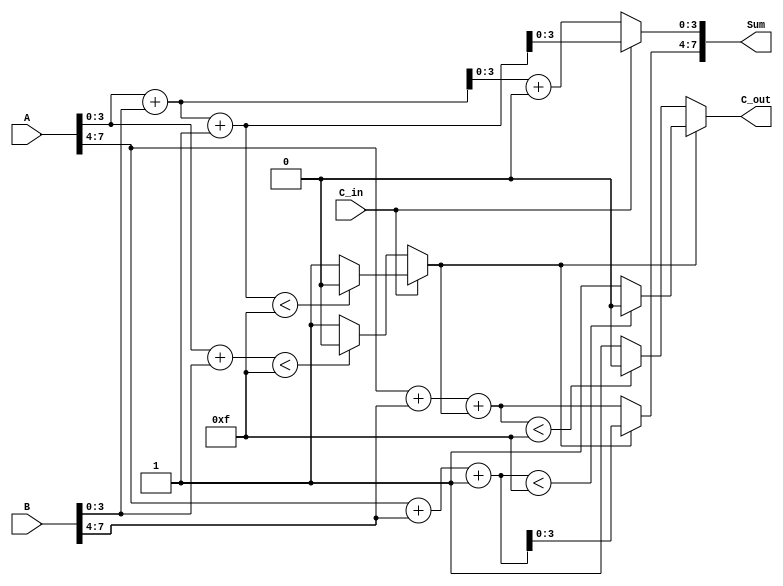
module CarrySelectAdder (
    input [7:0] A,      // First 8-bit input
    input [7:0] B,      // Second 8-bit input
    input C_in,         // Carry input
    output [7:0] Sum,   // 8-bit sum output
    output C_out        // Carry output
);

    // Internal signals for partial sums and carries
    wire [3:0] S0, S1;  // Partial sums for segment 0 and segment 1
    wire C0, C1;        // Carry outputs for segment 0 and segment 1

    // Segment 0 (A[3:0] + B[3:0])
    wire [3:0] S0_case0, S0_case1;
    wire C0_case0, C0_case1;

    // Compute partial sums and carries for segment 0
    assign S0_case0 = A[3:0] + B[3:0] + 0; // C_in = 0
    assign C0_case0 = (A[3:0] + B[3:0] < 4'b1111) ? 0 : 1;

    assign S0_case1 = A[3:0] + B[3:0] + 1; // C_in = 1
    assign C0_case1 = (A[3:0] + B[3:0] + 1 < 4'b1111) ? 0 : 1;

    // Segment 1 (A[7:4] + B[7:4])
    wire [3:0] S1_case0, S1_case1;
    wire C1_case0, C1_case1;

    // Compute partial sums and carries for segment 1
    assign S1_case0 = A[7:4] + B[7:4] + C0; // C_in from segment 0
    assign C1_case0 = (A[7:4] + B[7:4] + C0 < 4'b1111) ? 0 : 1;

    assign S1_case1 = A[7:4] + B[7:4] + 1; // C_in = 1
    assign C1_case1 = (A[7:4] + B[7:4] + 1 < 4'b1111) ? 0 : 1;

    // MUX for selecting the sum and carry based on C_in
    assign Sum[3:0] = (C_in) ? S0_case1 : S0_case0;
    assign C0 = (C_in) ? C0_case1 : C0_case0;

    assign Sum[7:4] = (C0) ? S1_case1 : S1_case0;
    assign C_out = (C0) ? C1_case1 : C1_case0;

endmodule